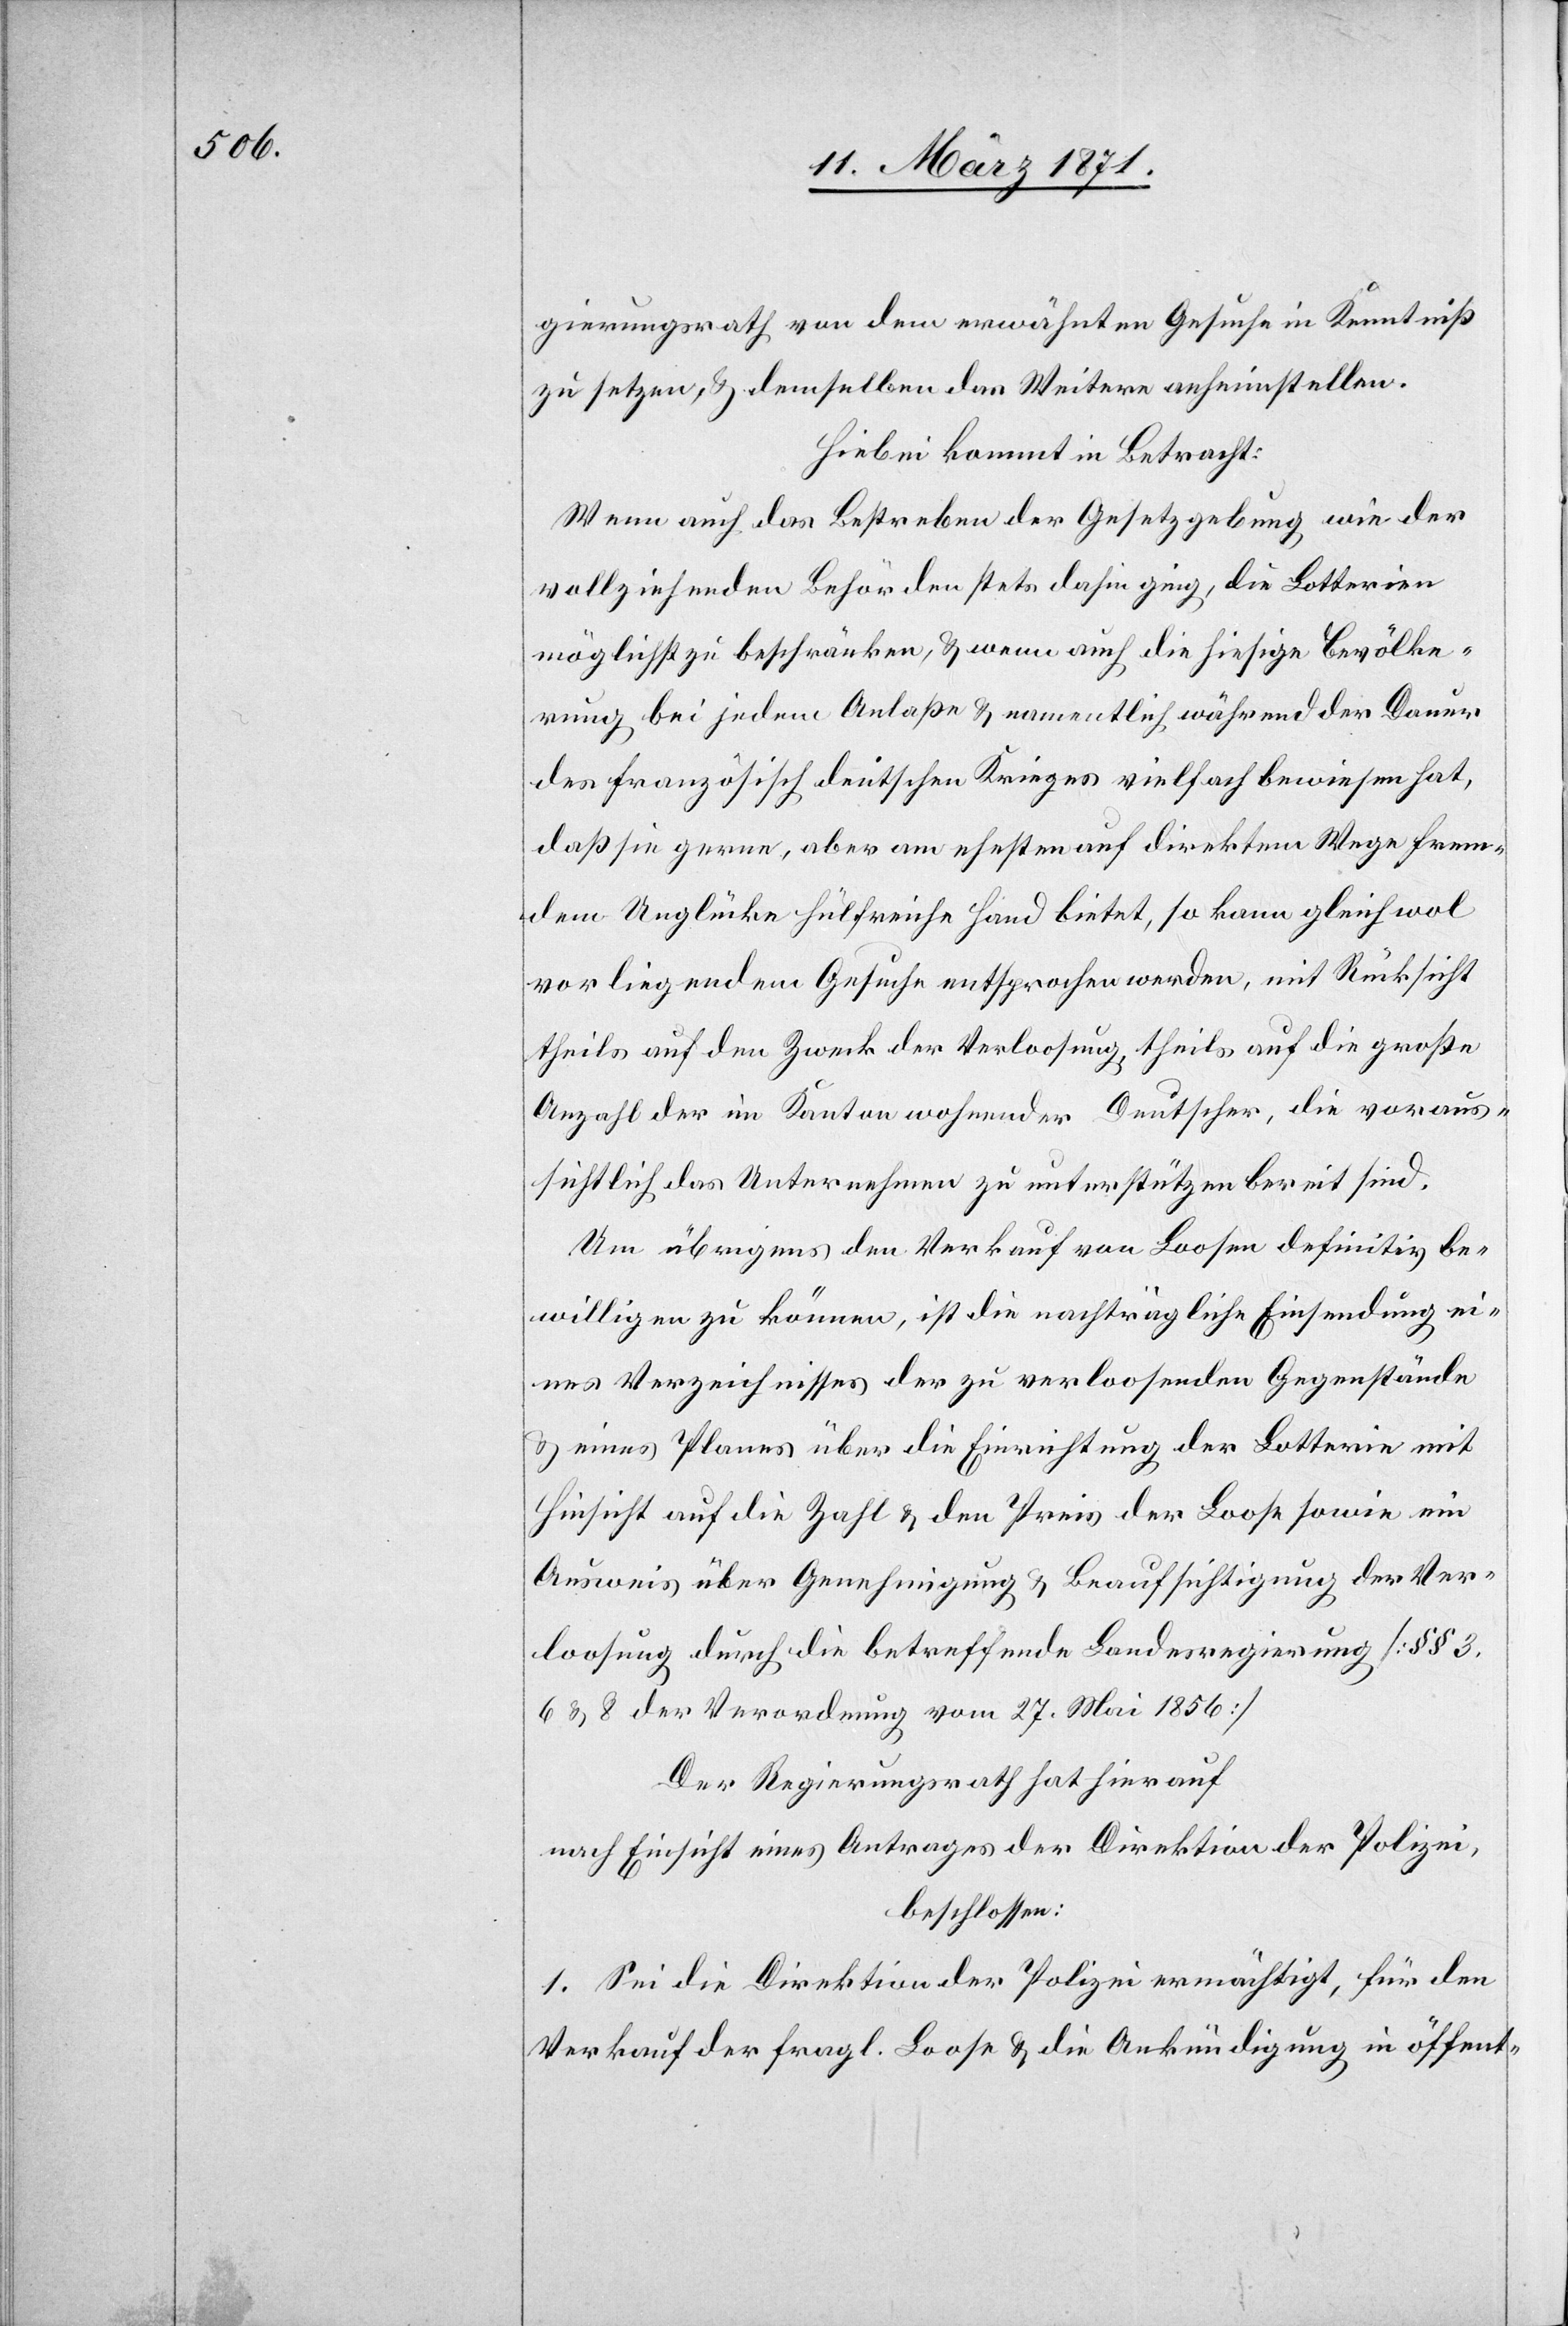
gierungsrath von dem erwähnten Gesuche in Kenntniß
zu setzen, u. demselben das Weiter anheimstellen.
Hiebei kommt in Betracht:
Wenn auch das Bestreben der Gesetzgebung wie der
vollziehenden Behörden stets dahin ging, die Lotterien
möglichst zu beschränken, u. wenn auch die hiesige Bevölke¬
rung bei jedem Anlaße u. namentlich während der Dauer
des französisch deutschen Krieges vielfach bewiesen hat,
daß sie gerne, aber am ehesten auf direktem Wege frem¬
dem Unglücke hülfreiche Hand bietet, so kann gleich wol
vorliegendem Gesuche entsprochen werden, mit Rücksicht
theils auf den Zweck der Verloosung, theils auf die große
Anzahl der im Kanton wohnender Deutscher, die voraus¬
sichtlich das Unternehmen zu unterstützen bereit sind.
Um übrigens den Verkauf von Loosen definitiv be¬
willigen zu können, ist die nachträgliche Einsendung ei¬
nes Verzeichnisses der zu verloosenden Gegenstände
u. eines Planes über die Einrichtung der Lotterie mit
Hinsicht auf die Zahl u. den Preis der Loose sowie ein
Ausweis über Genehmigung u. Beaufsichtigung der Ver¬
loosung durch die betreffende Landesregierung [§§ 3,
6 u. 8 der Verordnung vom 27. Mai 1856][.]
Der Regierungsrath hat hierauf
nach Einsicht eines Antrages der Direktion der Polizei,
beschlossen:
1. Sei die Direktion der Polizei ermächtigt, für den
Verkauf der fragl. Loose u. die Ankündigung in öffent-